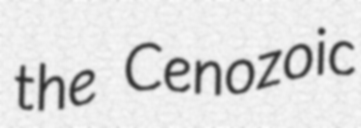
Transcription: the Cenozoic